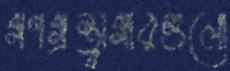
গণগ্রন্থাগারগুলো